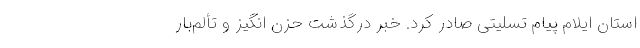
استان ایلام پیام تسلیتی صادر کرد. خبر درگذشت حزن انگیز و تألم‌بار